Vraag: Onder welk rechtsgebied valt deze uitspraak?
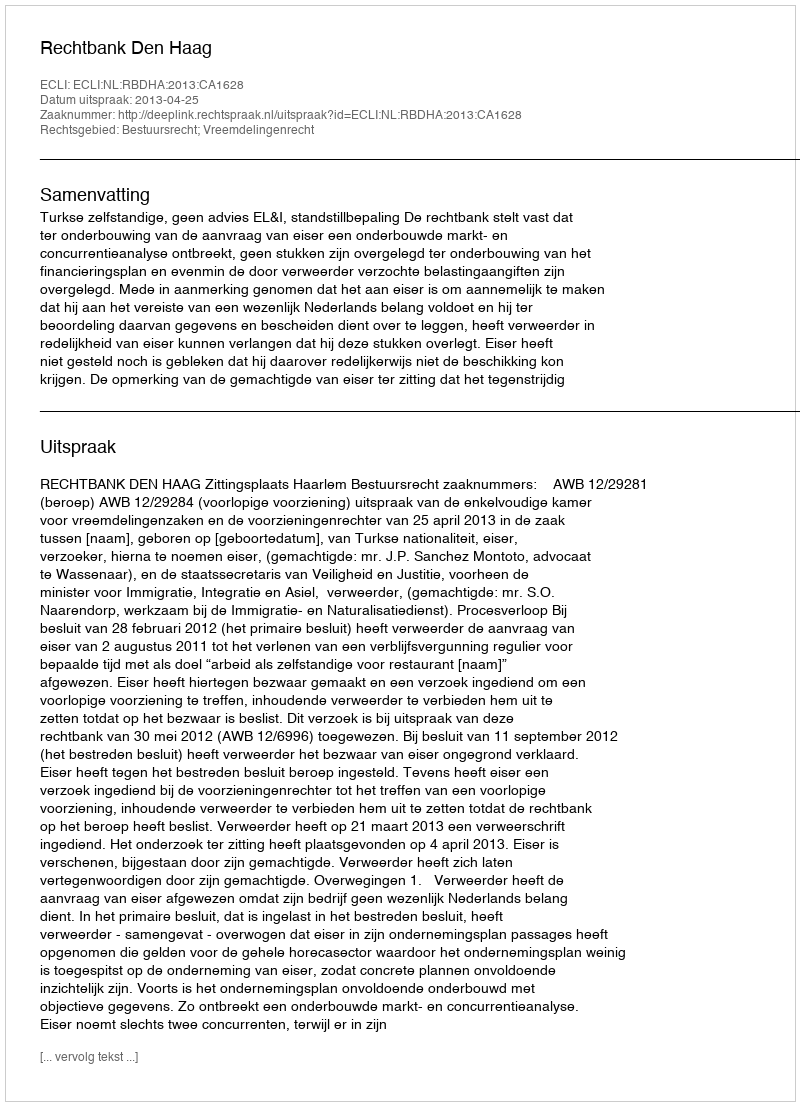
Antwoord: Bestuursrecht; Vreemdelingenrecht